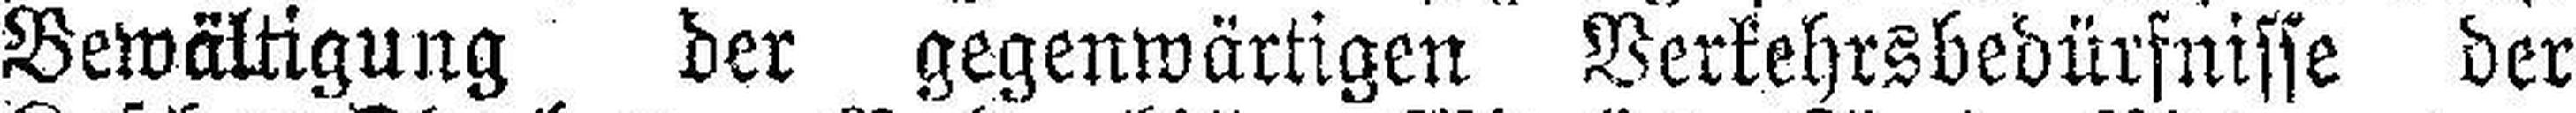
Bewältigung der gegenwärtigen Verkehrsbedürfnisse der